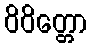
ဝိဝိတ္တော